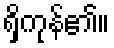
ရှိကုန်၏။